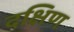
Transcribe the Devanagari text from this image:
दक्षिण्‍ा